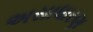
અસાધારણ